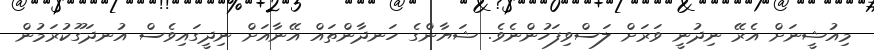
މިއުޝީނަށް އެރޭ ނިދުނީ ވަރަށް ލަސްވިފަހުންނެވެ. ޝަޔާންގެ ހަނދާންތައް އޭނާއަށް ނިދީގައިވެސް އުނދަގޫކުރަމުން